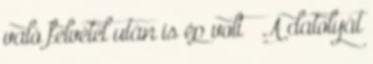
való felvétel után is ép volt – A datolyát